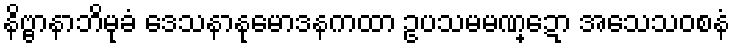
နိဗ္ဗာနာဘိမုခံ ဒေသနာနုမောဒနကထာ ဥပသမမဏ္ဍော အသေသဝစနံ